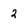
Character: 2